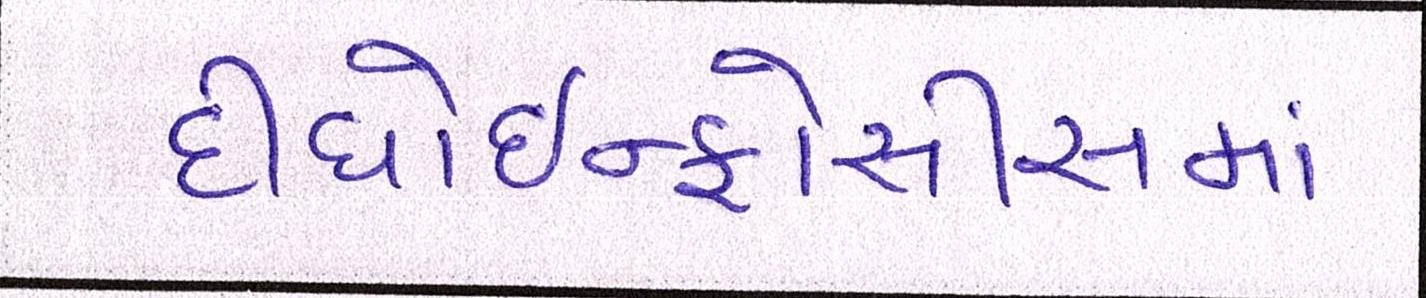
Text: દીધોઇન્ફોસીસમાં